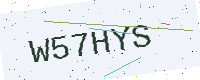
Text: W57HYS